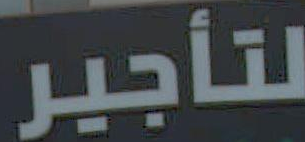
لتأجير